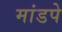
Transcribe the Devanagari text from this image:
मांडपे